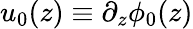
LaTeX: u_{0}(z)\equiv\partial_{z}\phi_{0}(z)